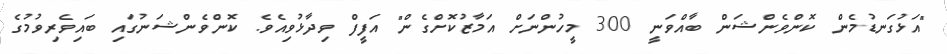
"އަޅުގަނޑުމެން ކޮންވެންޝަން ބާއްވަނީ 300 މީހުންނަށް އަމާޒުކޮށްގެން" އަފީފް ވިދާޅުވިއެވެ. ކޮންވެންޝަނުގައި ބައިވެރިވުމުގެ